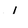
Character: l